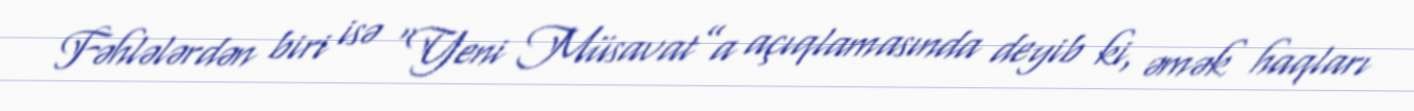
Fəhlələrdən biri isə “Yeni Müsavat”a açıqlamasında deyib ki, əmək haqları